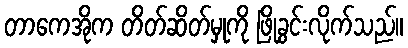
တာကေအိုက တိတ်ဆိတ်မှုကို ဖြိုခွင်းလိုက်သည်။